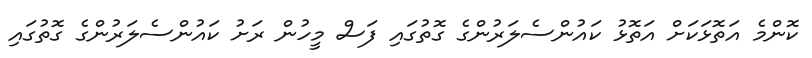
ކޮންމެ އަތޮޅަކަށް އަތޮޅު ކައުންސެލަރުންގެ ގޮތުގައި ފަސް މީހުން ރަށު ކައުންސެލަރުންގެ ގޮތުގައި